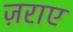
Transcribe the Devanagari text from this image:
ज़राए